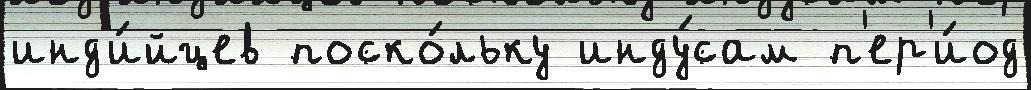
инд'и́йцев поско́льку инду́сам п'ер'и́од